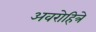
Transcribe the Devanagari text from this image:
अवरोहित्रे